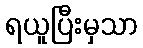
ရယူပြီးမှသာ